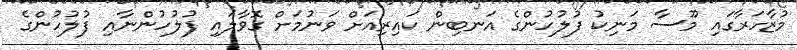
މުޒާހަރާގައި މޫސާ މަނިކު ފުލުހުންގެ އަނބިން ކައިރިއަށް ވަނުމަށް ގޮވާލައި ފުލުހުންނާއި ފުލުހުންގެ